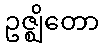
ဥဇ္ဈိတော